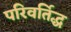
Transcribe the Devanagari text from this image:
परिवर्तिद्ध